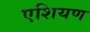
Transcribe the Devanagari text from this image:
एशियण